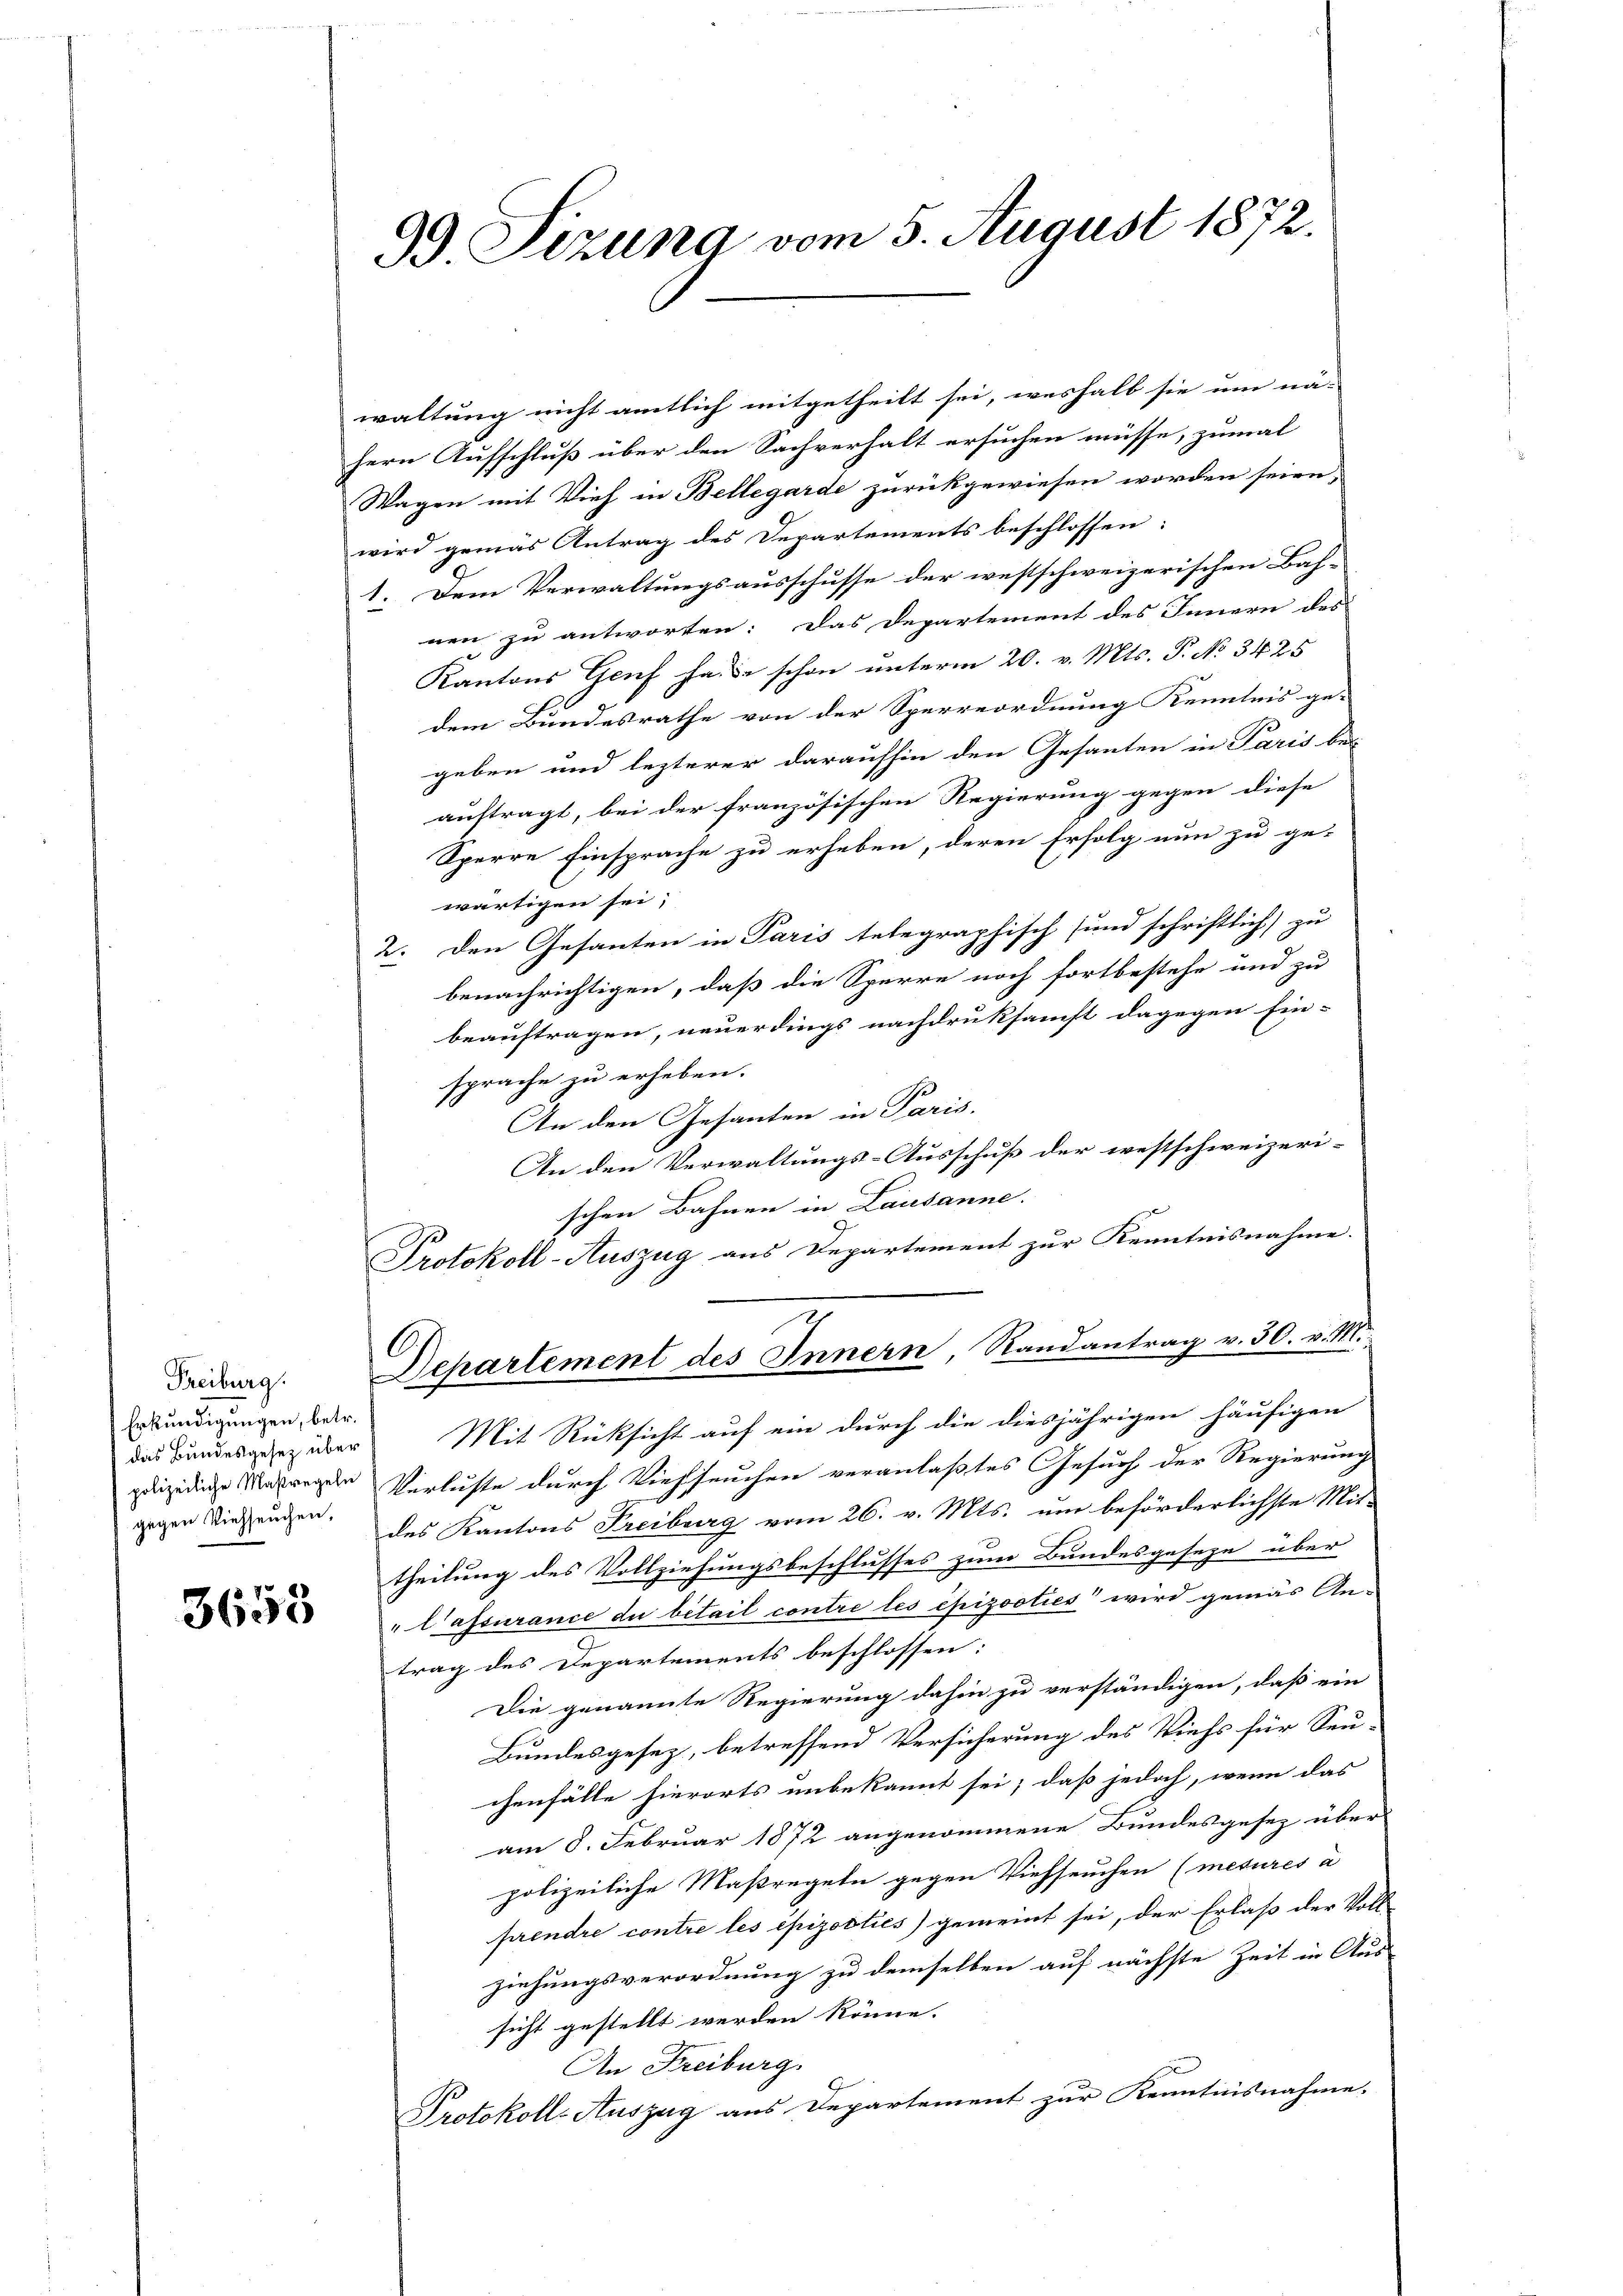
Freiburg.
Erkundigungen, betr.
das Bundesgesetz über

3658

99 Sizung vom 5. August 1872.

waltung nicht amtlich mitgetheilt sei, weshalb sie um nä- |
hern Aufschluß über den Sachverhalt ersuchen müsse, zumal
Wagen mit Vieh in Bellegarde zurückgewiesen worden seien.
wird gemäs Antrag des Departements beschlossen:
1. Dem Verwaltungsausschusse der westschweizerischen Bah-
nen zu antworten: Das Departement des Innern des
Kantons Genf hande schon unterm 20. v. Mts. P. No 3425
dem Bundesrathe von der Sperreordnung Kenntnis ge-
geben und lezterer daraufhin den Gesanten in Paris be-
auftragt, bei der französischen Regierung gegen diese
Sperre Einsprache zu erheben, deren Erfolg nun zu ge-
wärtigen sei;
2. Den Gesanten in Paris telegraphisch und schriftlich zu
benachrichtigen, daß die Sperre noch fortbestehe und zu
beauftragen, neuerdings nachdruksamst dagegen Ein-
sprache zu erheben.
An den Gesanten in Paris.
An den Verwaltungs-Ausschuß der westschweizeri-
schen Bahnen in Lausanne.
Protokoll-Auszug aus Departement zur Kenntnisnahme.
6.
Departement des Innern, Randantrag v. 30. v. M.
Mit Rücksicht auf ein durch die diesjährigen häufigen
puizidie Masregen Verluste durch Viehseuchen veranlaßtes Gesuch der Regierung
gigen Viehenden, des Kantons Freiburg vom 26. v. Mts. um beförderlichste Mittheilung des Vollziehungsbeschlusses zum Bundesgeseze über
"lassurance du bétail contre les epizooties wird gemäs An-
trag des Departements beschlossen:
Die genannte Regierung dahin zu verständigen, daß ein
Bundesgesez, betreffend Versicherung des Viehs für Seu-
chenfälle hierorts unbekannt sei; daß jedoch, wenn das
am 8. Februar 1872 angenommene Bundesgesez über
polizeiliche Maßregeln gegen Viehseuchen (mesures a
prendre contre les epizooties) gemeint sei, der Erlaß der Voll-
ziehungsverordnung zu demselben auf nächste Zeit in Aus-
sicht gestellt werden könne.
An Freiburg.
Protokoll-Auszug aus Departement zur Kenntnisnahme.